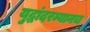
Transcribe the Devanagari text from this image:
युद्धांदरम्यानच